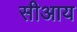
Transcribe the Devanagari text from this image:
सीआय